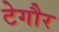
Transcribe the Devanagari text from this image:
टेगौर